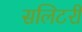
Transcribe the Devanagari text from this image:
सलिटरी